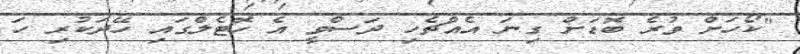
"ކޯހަށް ވުރެ ބޮޑަށް ގިނަ އެއްޗެހި ދަސްވީ އެ ހޮޓެލްގައި ހޭދަކުރި ހަ